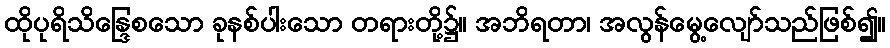
ထိုပုရိသိန္ဒြေစသော ခုနစ်ပါးသော တရားတို့၌။ အဘိရတာ၊ အလွန်မွေ့လျော်သည်ဖြစ်၍။